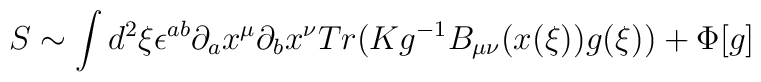
S\sim \int d^{2}\xi \epsilon ^{ab}\partial _{a}x^{\mu }\partial _{b}x^{\nu}Tr(Kg^{-1}B_{\mu \nu }(x(\xi ))g(\xi ))+\Phi [g]